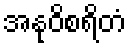
အနုဝိစရိတံ